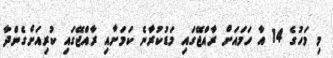
މި މަހުގެ 14 އާ ހަމައަށް ރާއްޖޭގައި މަޑުކުރާނެ ކަމަށާއި ރާއްޖޭގައި ކުރިއަށްގެންދާ